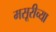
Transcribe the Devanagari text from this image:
मसूरीच्या